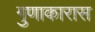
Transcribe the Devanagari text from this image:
गुणाकारास